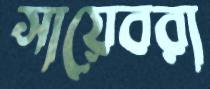
সায়েবরা